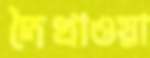
দৈখাওয়া